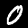
Digit: 0